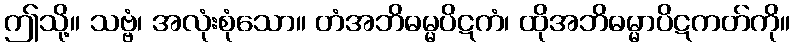
ဤသို့။ သဗ္ဗံ၊ အလုံးစုံသော။ တံအဘိဓမ္မပိဋကံ၊ ထိုအဘိဓမ္မာပိဋကတ်ကို။